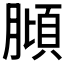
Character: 𱼖